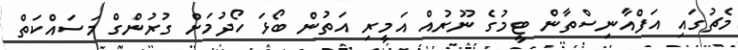
މެޗުގައި އަފްއާނިސްތާން ޓީމުގެ ނޫރުއް އަމީރި އަތުން ބޯޅަ ހޯދުމަށް ގުރުންގް މަސައްކަތް